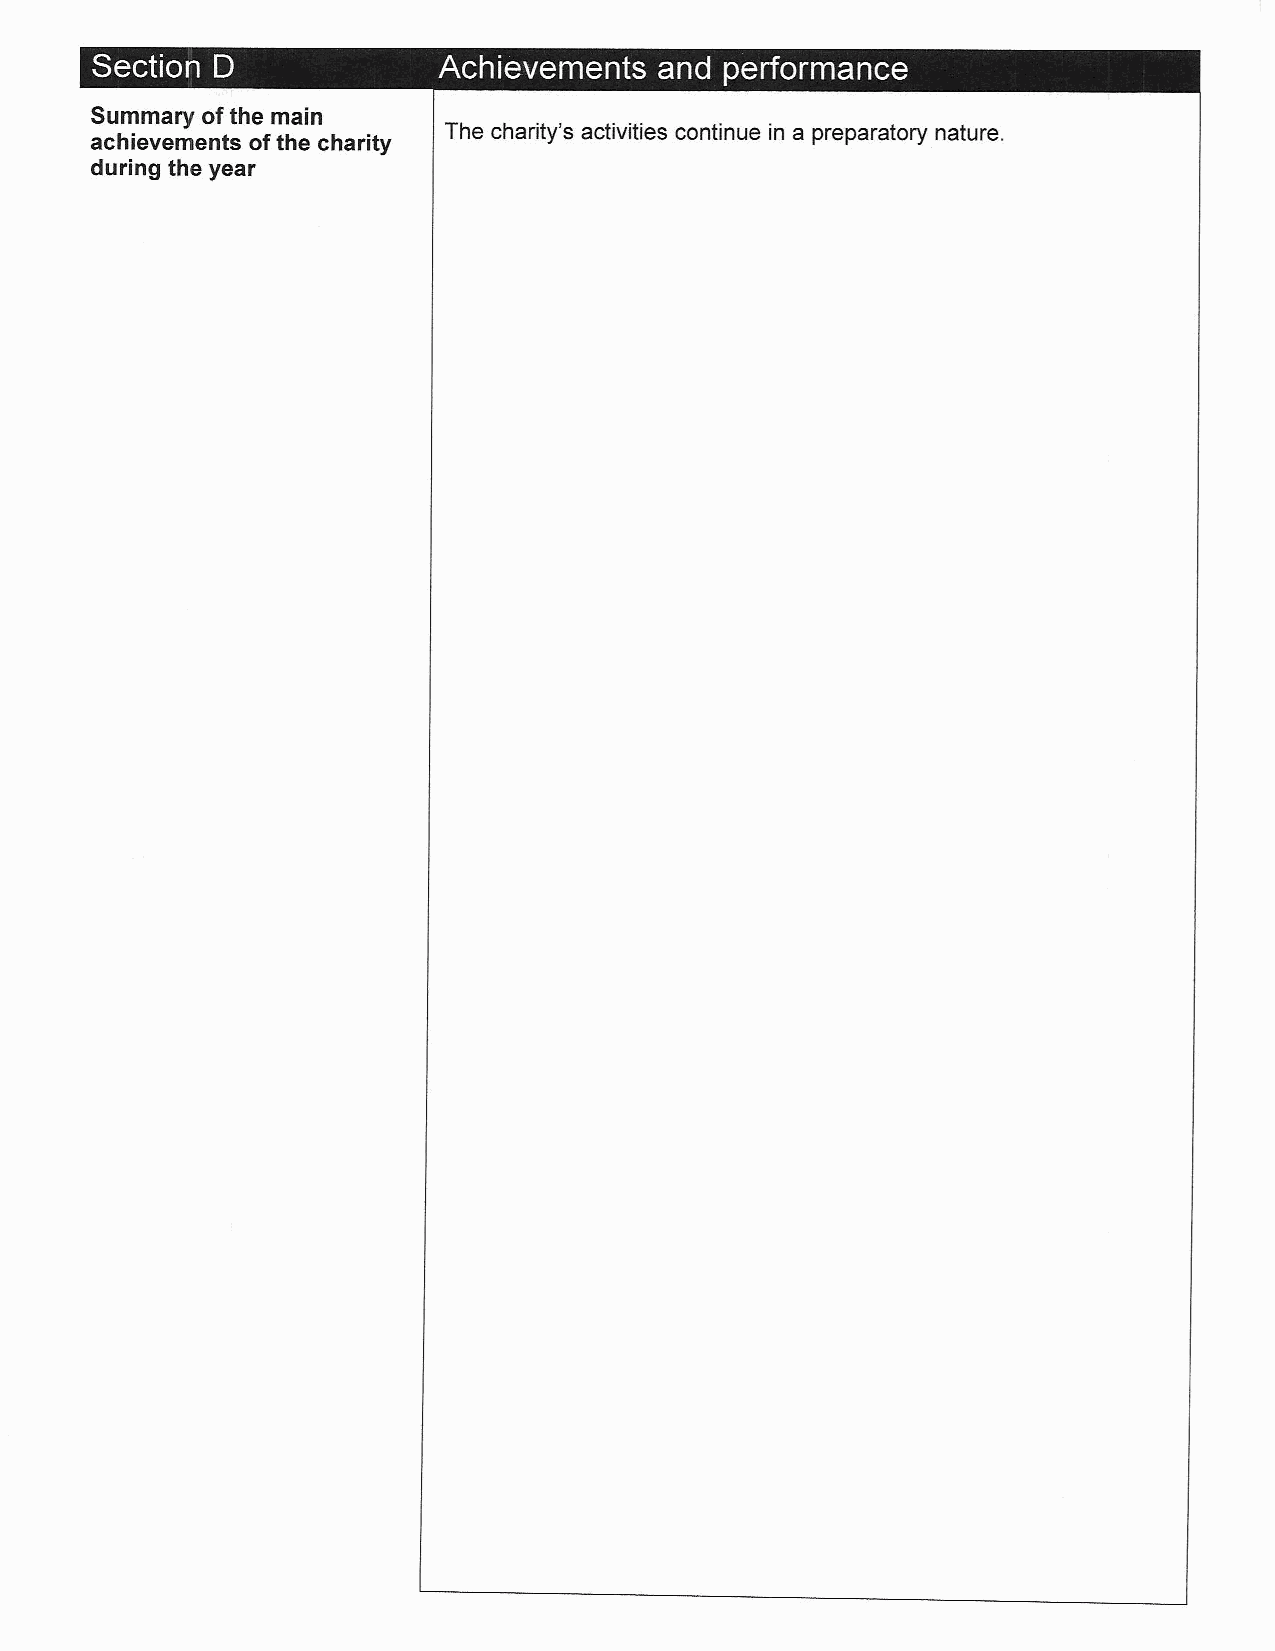
~  ~                               ~ ~   ~
 Summary ofthe main
 achievements ofthe charity The charity's activities continue in a preparatory nature.
 during the year